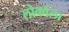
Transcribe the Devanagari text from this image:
लोर्काला